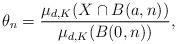
LaTeX: \begin{align*}\theta_n=\frac{\mu_{d,K}(X\cap B(a,n))}{\mu_{d,K}(B(0,n))},\end{align*}